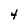
Character: 4